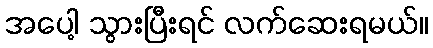
အပေါ့ သွားပြီးရင် လက်ဆေးရမယ်။